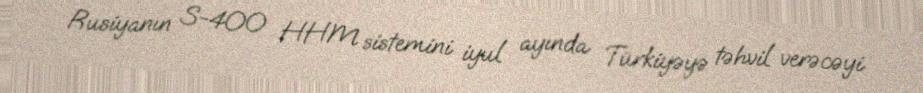
Rusiyanın S-400 HHM sistemini iyul ayında Türkiyəyə təhvil verəcəyi